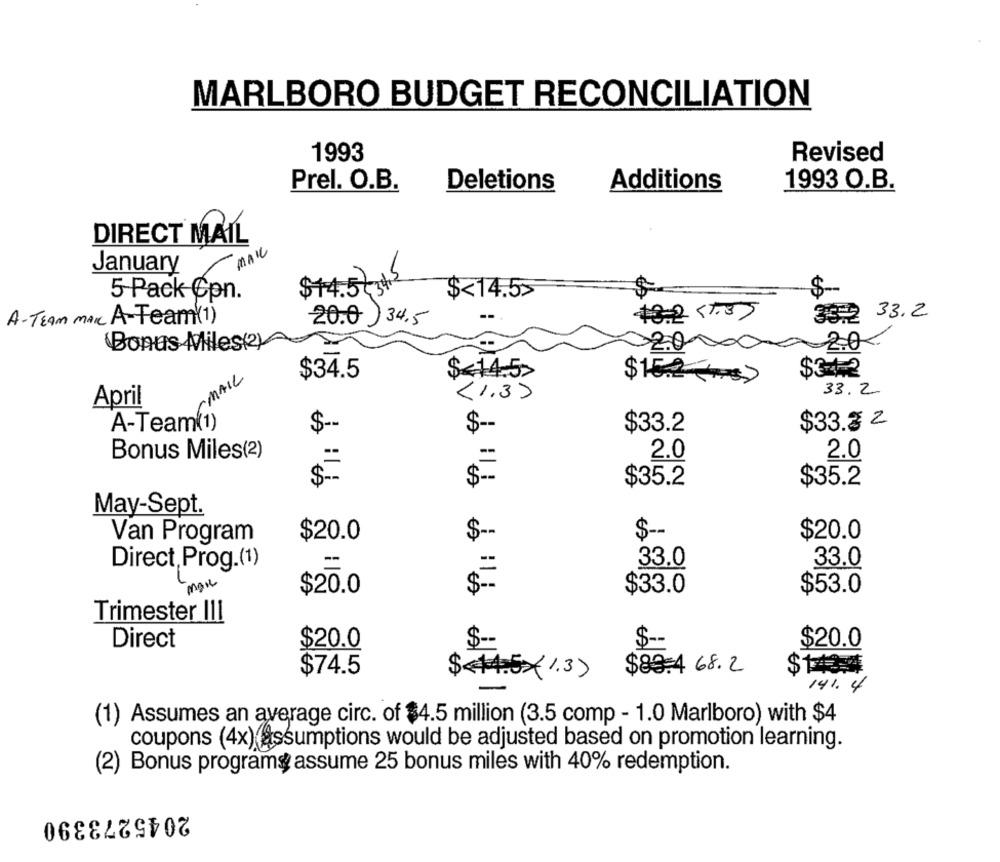
MARLBORO BUDGET RECONCILIATION
1993
Revised
Prel. O.B.
Deletions
Additions
1993 O.B.
DIRECT MAIL
MAIL
January
$14.5t=2
5 Pack Con.
$<14.5>
A- TEAM mak A-Team(1)
10:2 <3>
332 33.2
20.0 34,5
Bonus Miles(2)
20
2.0
$3.4.2
EMAIL
$34.5
$<14.5>
$15.2>
<1.3)
33. 2
April
A-Team(1)
$-
$-
$33.2
$33.3 2
Bonus Miles(2)
2.0
2.0
=
$=
$35.2
$35.2
May-Sept.
$ --
$-
$20.0
Van Program
$20.0
Direct, Prog.(1)
33.0
33.0
$20.0
$33.0
$53.0
Trimester III
Direct
$20.0
$ --
$ --
$1434
$20.0
$74.5
$89.4 68.2
$ $4.51.3)
141.4
(1) Assumes an average circ. of $4.5 million (3.5 comp - 1.0 Marlboro) with $4
coupons (4x) @assumptions would be adjusted based on promotion learning.
(2) Bonus programs assume 25 bonus miles with 40% redemption.
2045273390